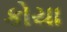
કોયા